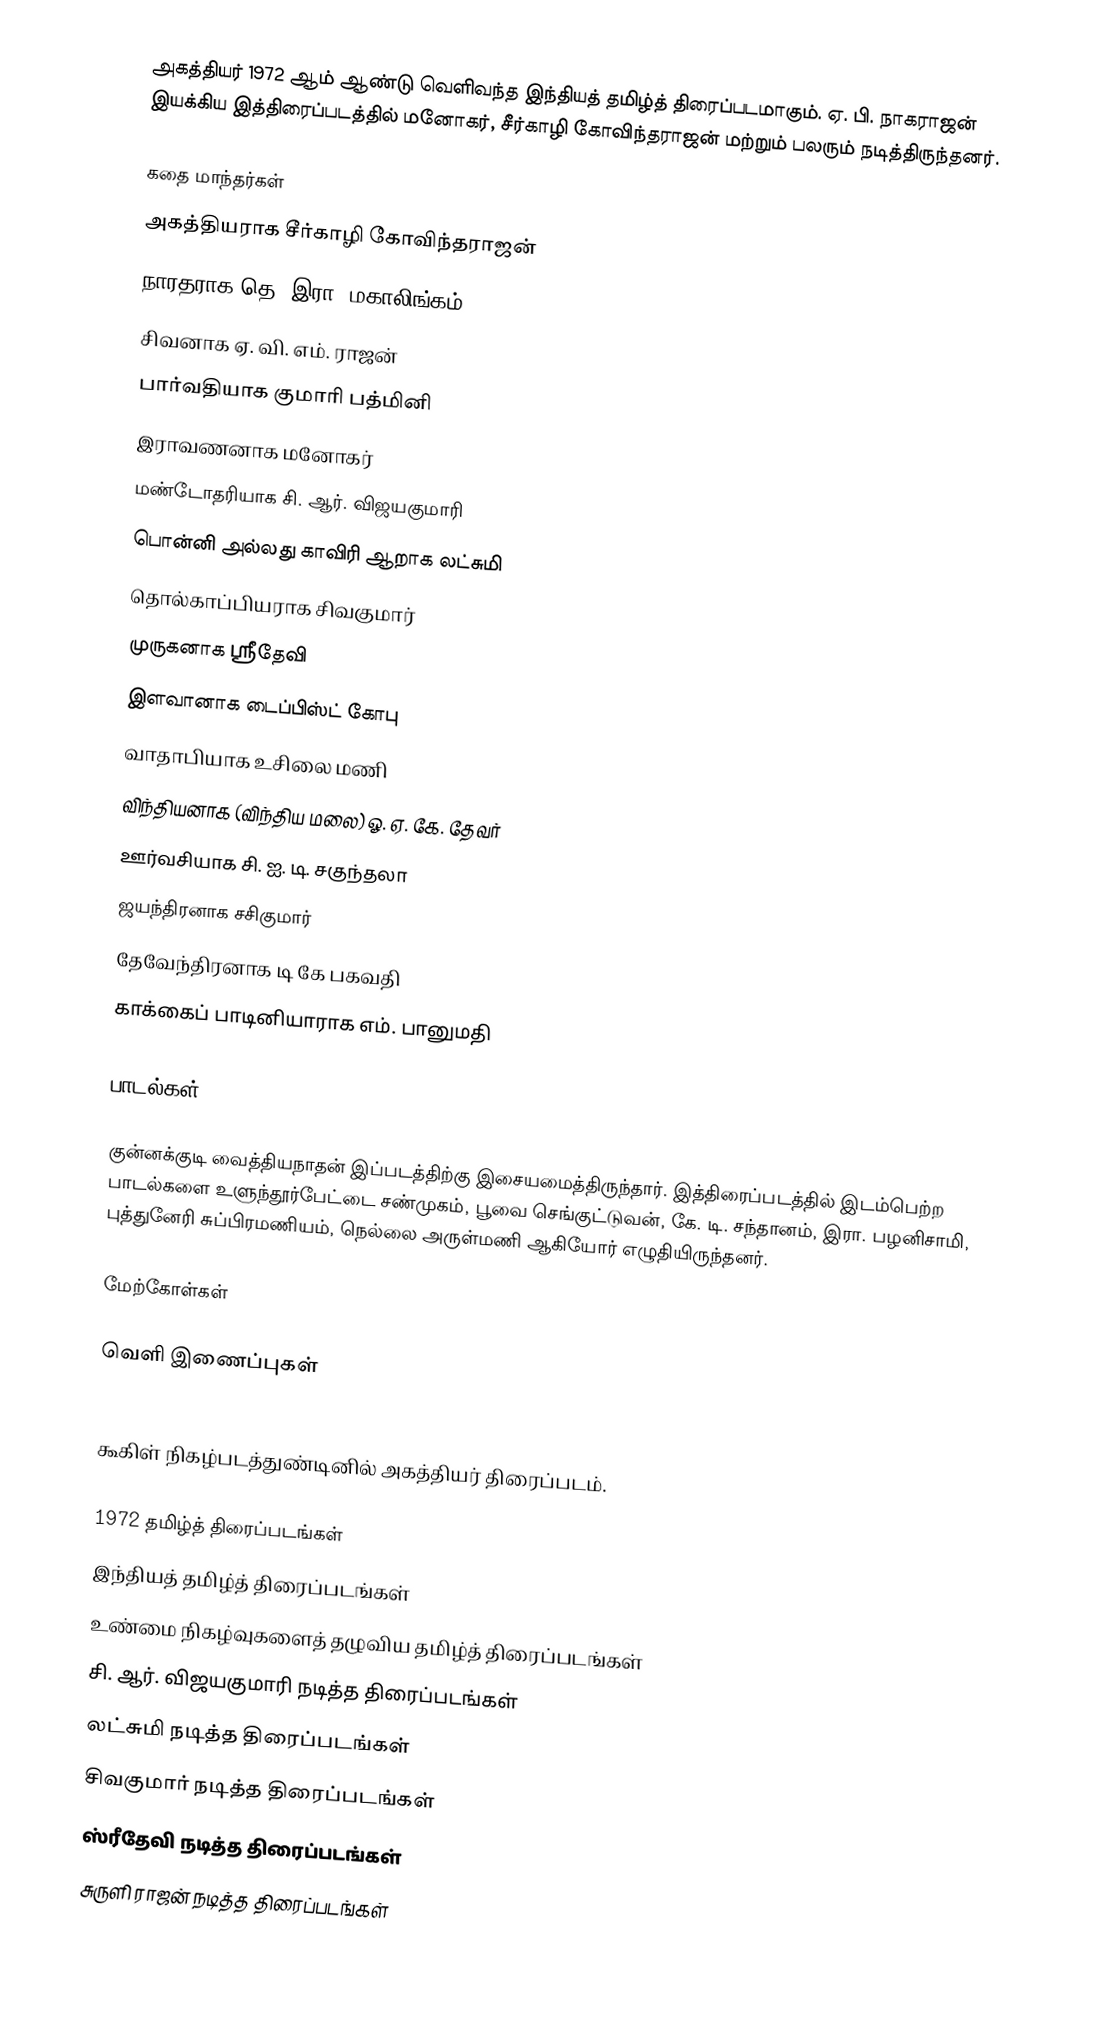
அகத்தியர் 1972 ஆம் ஆண்டு வெளிவந்த இந்தியத் தமிழ்த் திரைப்படமாகும். ஏ. பி. நாகராஜன் இயக்கிய இத்திரைப்படத்தில் மனோகர், சீர்காழி கோவிந்தராஜன் மற்றும் பலரும் நடித்திருந்தனர்.

கதை மாந்தர்கள்
 அகத்தியராக சீர்காழி கோவிந்தராஜன்
 நாரதராக தெ. இரா. மகாலிங்கம்
 சிவனாக ஏ. வி. எம். ராஜன்
 பார்வதியாக குமாரி பத்மினி
 இராவணனாக மனோகர்
 மண்டோதரியாக சி. ஆர். விஜயகுமாரி
 பொன்னி அல்லது காவிரி ஆறாக லட்சுமி
 தொல்காப்பியராக சிவகுமார்
 முருகனாக ஸ்ரீதேவி
 இளவானாக டைப்பிஸ்ட் கோபு
 வாதாபியாக உசிலை மணி
 விந்தியனாக (விந்திய மலை) ஓ. ஏ. கே. தேவர்
 ஊர்வசியாக சி. ஐ. டி. சகுந்தலா
 ஜயந்திரனாக சசிகுமார்
 தேவேந்திரனாக டி கே பகவதி
 காக்கைப் பாடினியாராக எம். பானுமதி

பாடல்கள்

குன்னக்குடி வைத்தியநாதன் இப்படத்திற்கு இசையமைத்திருந்தார். இத்திரைப்படத்தில் இடம்பெற்ற பாடல்களை உளுந்தூர்பேட்டை சண்முகம், பூவை செங்குட்டுவன், கே. டி. சந்தானம், இரா. பழனிசாமி, புத்துனேரி சுப்பிரமணியம், நெல்லை அருள்மணி ஆகியோர் எழுதியிருந்தனர்.

மேற்கோள்கள்

வெளி இணைப்புகள்

  கூகிள் நிகழ்படத்துண்டினில் அகத்தியர் திரைப்படம்.

1972 தமிழ்த் திரைப்படங்கள்
இந்தியத் தமிழ்த் திரைப்படங்கள்
உண்மை நிகழ்வுகளைத் தழுவிய தமிழ்த் திரைப்படங்கள்
சி. ஆர். விஜயகுமாரி நடித்த திரைப்படங்கள்
லட்சுமி நடித்த திரைப்படங்கள்
சிவகுமார் நடித்த திரைப்படங்கள்
ஸ்ரீதேவி நடித்த திரைப்படங்கள்
சுருளி ராஜன் நடித்த திரைப்படங்கள்